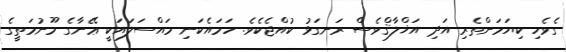
ގެވެހި ކިޔަމަންތެރި އަދި އަޚްލާޤްވެސް ރަނގަޅު ކުއްޖެކެވެ. ހަމައެކަނި މައްސަލައަކީ ޢޭނާގެ މޫނުމަތީގެ